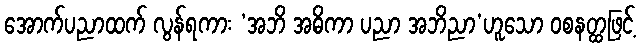
အောက်ပညာထက် လွန်ရကား ‘အဘိ အဓိကာ ပညာ အဘိညာ’ဟူသော ဝစနတ္ထဖြင့်